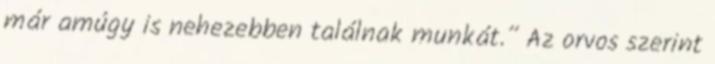
már amúgy is nehezebben találnak munkát.” Az orvos szerint